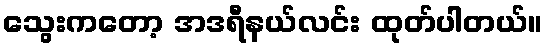
သွေးကတော့ အဒရီနယ်လင်း ထုတ်ပါတယ်။